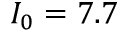
I _ { 0 } = 7 . 7 \